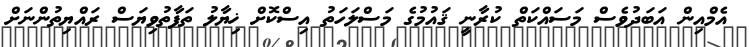
އެމްއިން އަބަދުވެސް މަސައްކަތް ކުރާނީ ޤައުމުގެ މަސްލަހަތު އިސްކޮށް ޚިޔާލު ތަފާތުވިޔަސް ރައްޔިތުންނަށް